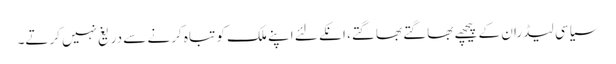
سیاسی لیڈران کے پیچھے بھاگتے بھاگتے، انکے لئے اپنے ملک کو تباہ کرنے سے دریغ نہیں کرتے۔